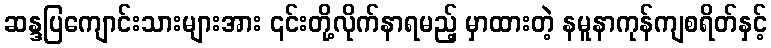
ဆန္ဒပြကျောင်းသားများအား ၎င်းတို့လိုက်နာရမည့် မှာထားတဲ့ နမူနာကုန်ကျစရိတ်နှင့်